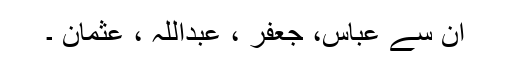
ان سے عباس، جعفر ، عبداللہ ، عثمان ۔